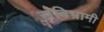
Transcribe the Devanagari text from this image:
संविभ्रामी